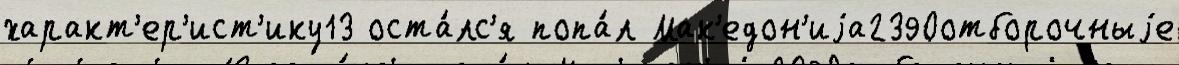
характ'ер'ист'ику13 оста́лс'я попа́л Мак'едон'иjа2390отборочныjе